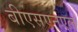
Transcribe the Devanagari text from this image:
बीएसएनएल